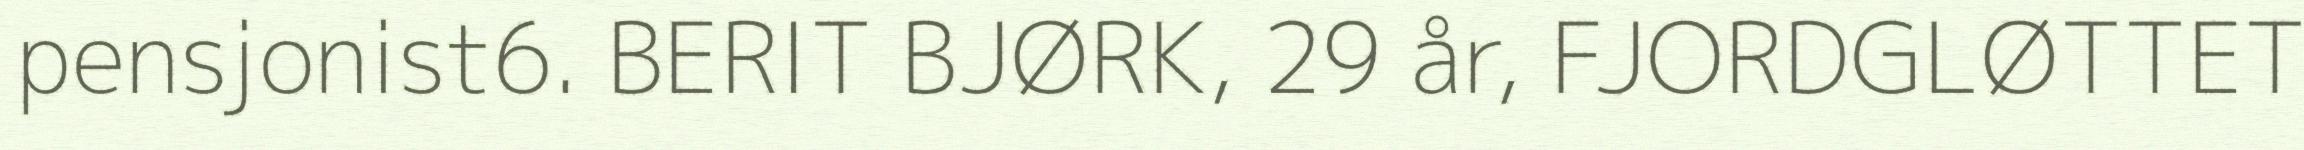
pensjonist6. BERIT BJØRK, 29 år, FJORDGLØTTET